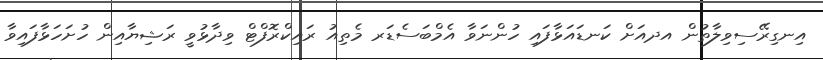
އިނގިރޭސިވިލާތުން އދއަށް ކަނޑައަޅާފައި ހުންނަވާ އެމްބަސެޑަރ މެތިއު ރައިކްރޮފްޓް ވިދާޅުވީ ރަޝިޔާއިން ހުށަހަޅާފައިވާ